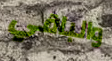
والباقي